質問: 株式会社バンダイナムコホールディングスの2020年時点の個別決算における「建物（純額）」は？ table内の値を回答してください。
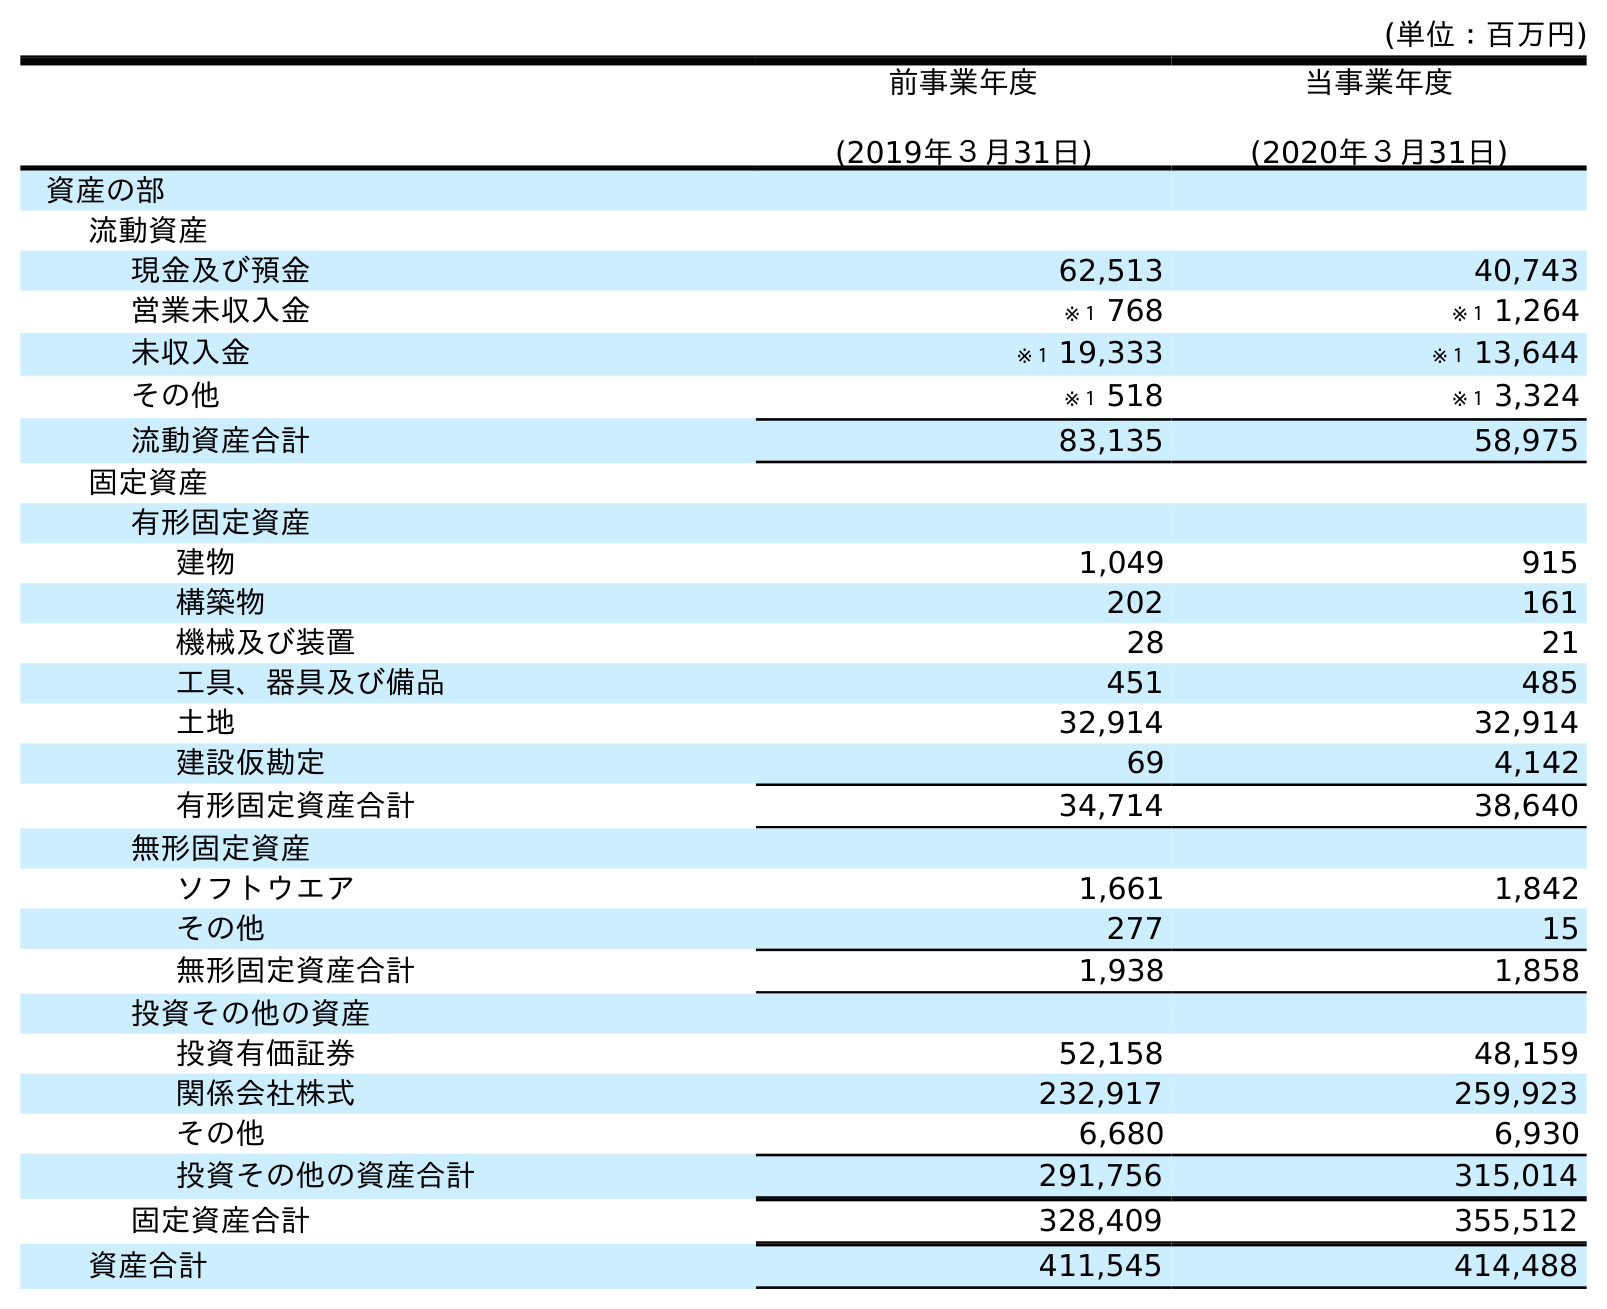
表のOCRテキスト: (単位：百万円) 前事業年度 (2019年３月31日) 当事業年度 (2020年３月31日) 資産の部 流動資産 現金及び預金 62,513 40,743 営業未収入金 ※１ 768 ※１ 1,264 未収入金 ※１ 19,333 ※１ 13,644 その他 ※１ 518 ※１ 3,324 流動資産合計 83,135 58,975 固定資産 有形固定資産 建物 1,049 915 構築物 202 161 機械及び装置 28 21 工具、器具及び備品 451 485 土地 32,914 32,914 建設仮勘定 69 4,142 有形固定資産合計 34,714 38,640 無形固定資産 ソフトウエア 1,661 1,842 その他 277 15 無形固定資産合計 1,938 1,858 投資その他の資産 投資有価証券 52,158 48,159 関係会社株式 232,917 259,923 その他 6,680 6,930 投資その他の資産合計 291,756 315,014 固定資産合計 328,409 355,512 資産合計 411,545 414,488
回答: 915